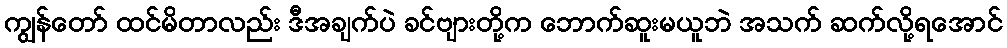
ကျွန်တော် ထင်မိတာလည်း ဒီအချက်ပဲ ခင်ဗျားတို့က ဘောက်ဆူးမယူဘဲ အသက် ဆက်လို့ရအောင်